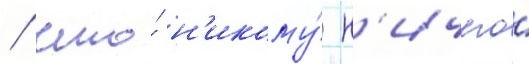
/ что́ н'икому́ н'ичего́